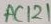
Text: AC121